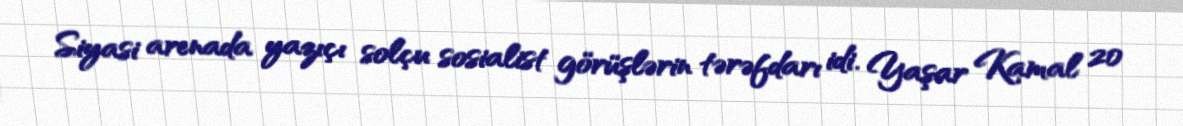
Siyasi arenada yazıçı solçu sosialist görüşlərin tərəfdarı idi. Yaşar Kamal 20